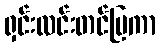
ရှင်းလင်းတင်ပြကာ